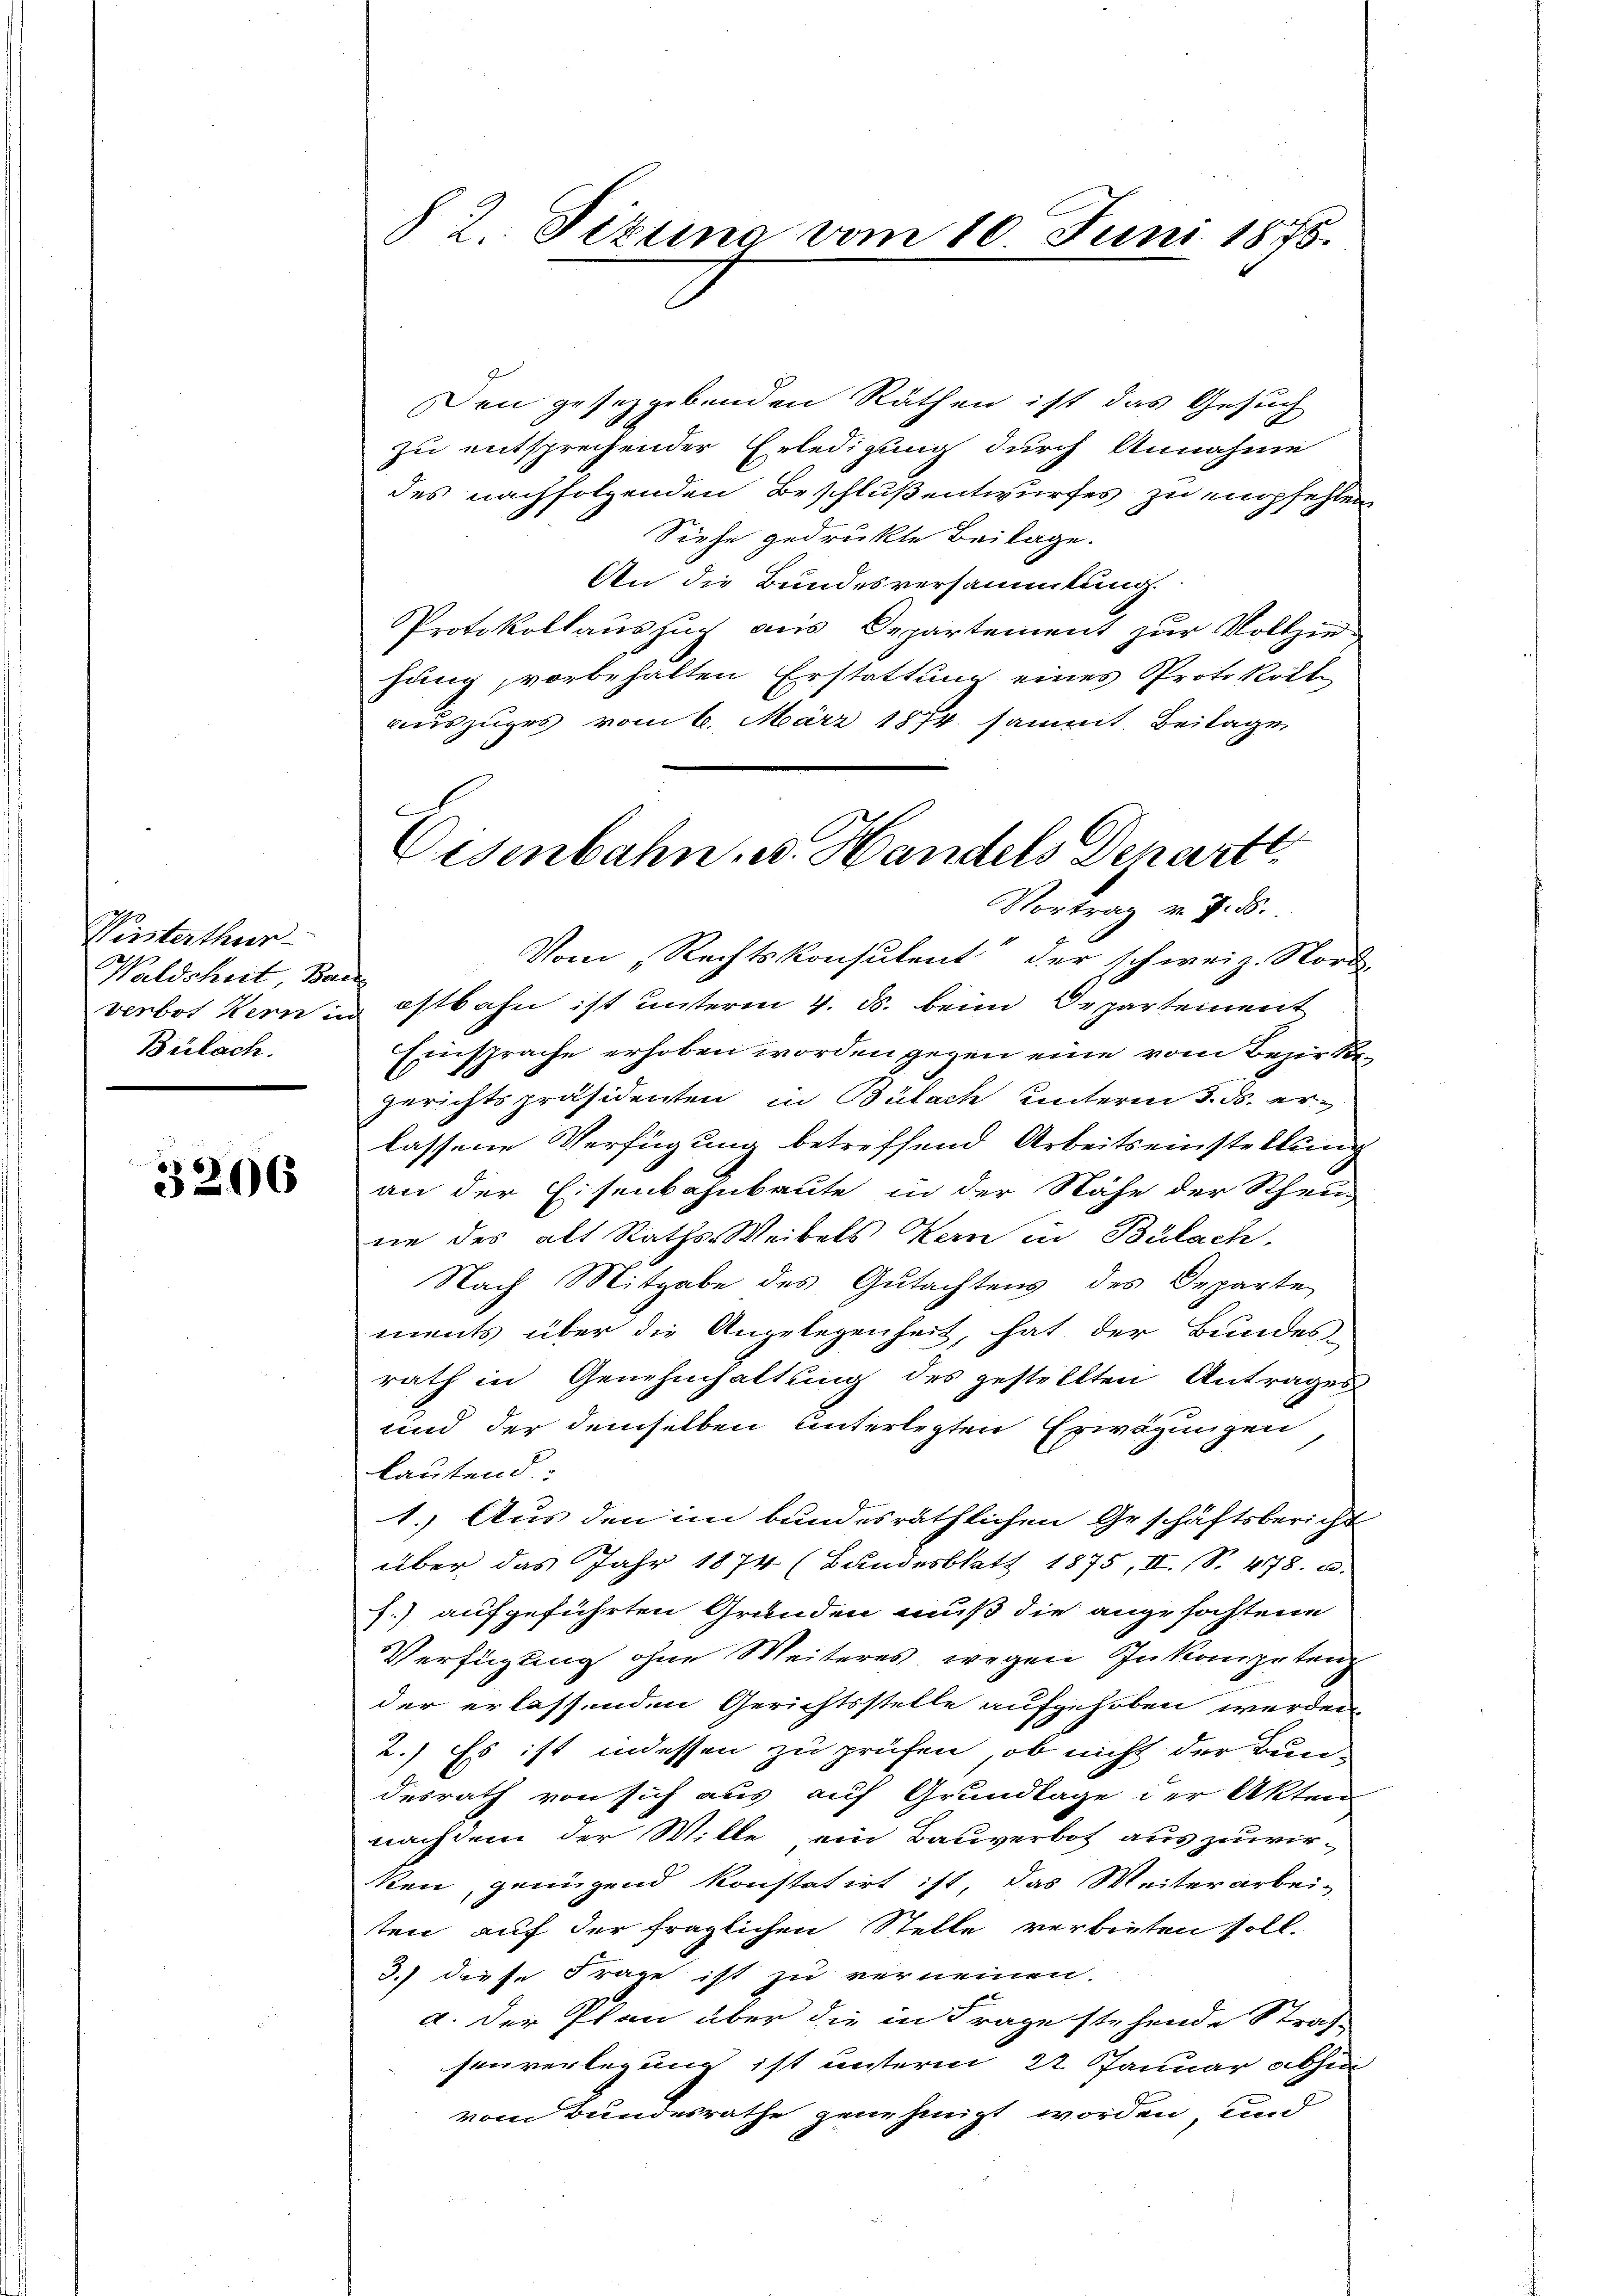
290
Winterthur
Waldsheit Ben
Verbot Kern in
Bülach.

3206

§ 2 Tizuna vom 10. Juni 1875.

E
2
Eisenbahn u. Handels Departe
Vortrag v. 7. ds.

Den gesezgebenden Räthen ist das Gesuch
zu entsprechender Erledigung durch Annahme
des nachfolgenden Beschluß entwurfes zu empfehlen,
Siehe gedruckte Beilage.
An die Bundesversammlung.
Protokollauszug aus Departement zur Vollziehang, vorbehalten Erstattung eines Protokoll
auszuges vom 6. März 1874 sammt. Beilage
Vom „Rechtskonsulent“ der schweiz. Nord-
ostbahn ist unterm 4. ds. beim Departement
Einsprache erhoben worden gegen eine vom Bezirksgerichtspräsidenten in Bülach unterm 3. ds. erlassene Verfügung betreffend Arbeitseinstellung
an der Eisenbahnbaute in der Nähe der Scheune des alt Raths-Weibels Kern in Bülach,
Nach Mitgabe des Gutachtens des Departe
ments über die Angelegenheit, hat der Bundes-
rath in Genehmhaltung des gestellten Antrages
und der demselben unterlegten Erwägungen,
lautend
1.) Aus den im bundesräthlichen Geschäftsbericht
über das Jahr 1874 (Bundesblatt 1875, II. (S. 478. u.
f.) aufgeführten Grunden muß die angefochtene
Verfügung ohne Weiteres, wegen Inkompetenz
der erlassenden Gerichtsstelle aufgehoben werden.
2.) Es ist indessen zu prüfen, ob nicht der Bun-
desrath von sich aus auf Grundlage der Akten
nachdem der Wille ein Bauverbot auszuwir-
ken, genügend konstatirt ist, das Weiterarbei-
sten auf der fraglichen Stelle verbieten soll.
3.) diese Frage ist zu vernennen.
a. Der Plan über die in Frage stehende Straf-
senverlegung ist unterm 22. Januar abhin
vom Bundesrathe genehmigt worden, und